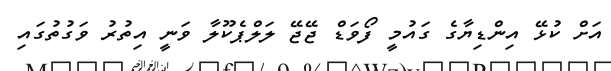
އަށް ކުޅޭ އިންޑިޔާގެ ގައުމީ ފޯވަޑް ޖޭޖޭ ލަލްޕެކޫލާ ވަނީ އިތުރު ވަގުތުގައި